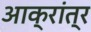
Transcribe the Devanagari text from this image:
आक्रांत्र